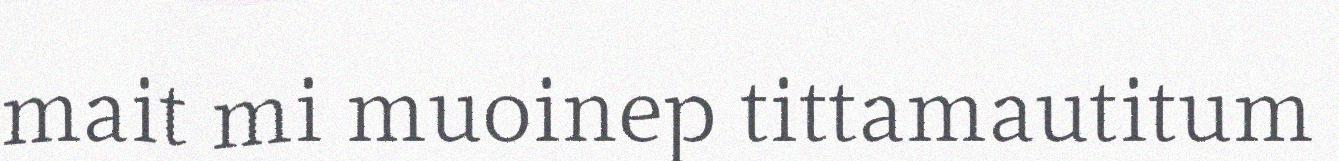
mait mi muoinep tittamautitum